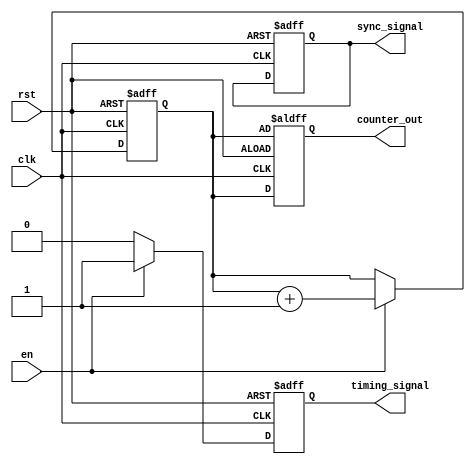
module timing_control(
    input clk,
    input rst,
    input en,
    output reg [7:0] counter_out,
    output reg timing_signal,
    output reg sync_signal
);

reg [7:0] counter;

always @(posedge clk or posedge rst) begin
    if(rst) begin
        counter <= 8'b0;
        counter_out <= counter;
        timing_signal <= 1'b0;
        sync_signal <= 1'b0;
    end else if(en) begin
        counter <= counter + 1;
        counter_out <= counter;
        
        // Generate timing signals as needed
        // Add logic for phase shifts and pulse durations here
        
        timing_signal <= 1'b1; // Example timing signal
    end else begin
        counter <= counter;
        counter_out <= counter;
        timing_signal <= 1'b0;
    end
end

// Synchronization block logic here
// Ensure proper alignment between clock domains

endmodule